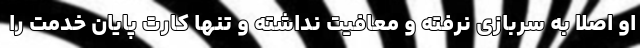
او اصلا به سربازی نرفته و معافیت نداشته و تنها کارت پایان خدمت را